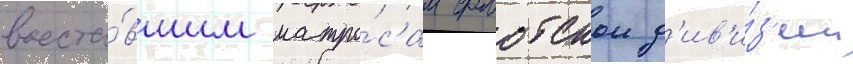
восста́вшим матро́сам флотскои д'ив'и́з'ии